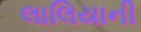
લાલિયાની